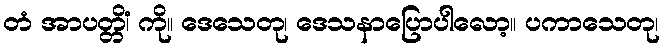
တံ အာပတ္တိံ၊ ကို။ ဒေသေတု၊ ဒေသနာပြောပါလော့။ ပကာသေတု၊